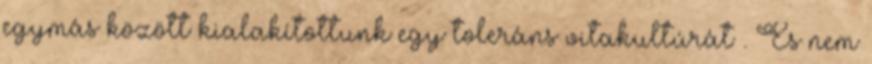
egymás között kialakítottunk egy toleráns vitakultúrát . És nem